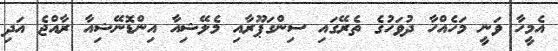
އެމީހާ ވަނީ މަހެއްހާ ދުވަހުގެ ތެރޭގައި ސިންގަޕޫރާއި މެލޭޝިއާ އިންޑޮނޭޝިއާ ރާއްޖެ އަދި